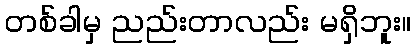
တစ်ခါမှ ညည်းတာလည်း မရှိဘူး။